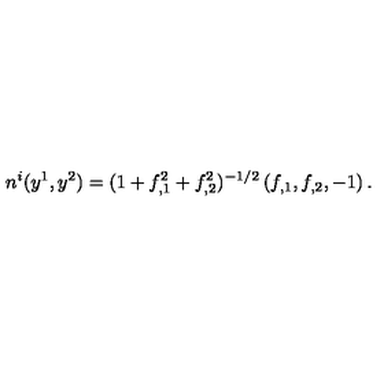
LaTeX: n ^ { i } ( y ^ { 1 } , y ^ { 2 } ) = ( 1 + f _ { , 1 } ^ { 2 } + f _ { , 2 } ^ { 2 } ) ^ { - 1 / 2 } \left( f _ { , 1 } , f _ { , 2 } , - 1 \right) .